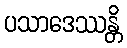
ပသာဒေဿန္တိ